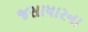
જસાધારના